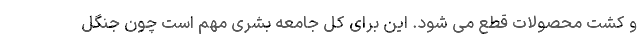
و کشت محصولات قطع می شود. این برای کل جامعه بشری مهم است چون جنگل